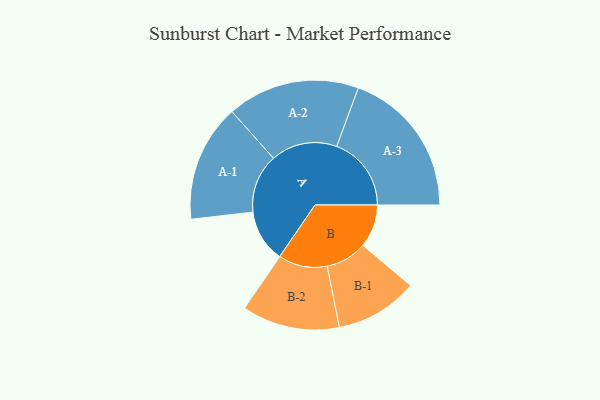
{"axis": {"x": "Segment", "y": "Value"}, "legend": ["", "A", "B"], "data": [{"x": "A", "y": 202, "type": ""}, {"x": "B", "y": 165, "type": ""}, {"x": "A-1", "y": 226, "type": "A"}, {"x": "A-2", "y": 255, "type": "A"}, {"x": "A-3", "y": 287, "type": "A"}, {"x": "B-1", "y": 159, "type": "B"}, {"x": "B-2", "y": 188, "type": "B"}]}